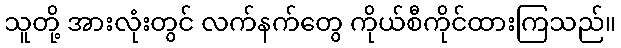
သူတို့ အားလုံးတွင် လက်နက်တွေ ကိုယ်စီကိုင်ထားကြသည်။